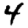
Digit: 4